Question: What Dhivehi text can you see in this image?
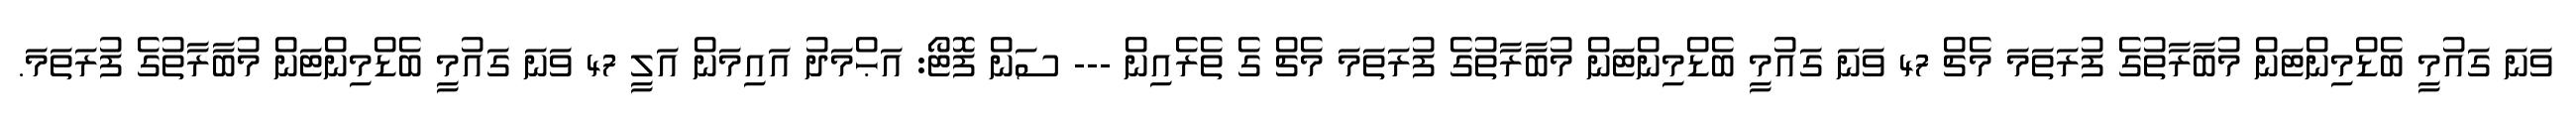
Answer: ވަނަ ގައުމީ ބެޑްމިންޓަން މުބާރާތުގެ ފުރަތަމަ މެޗް 47 ވަނަ ގައުމީ ބެޑްމިންޓަން މުބާރާތުގެ ފުރަތަމަ މެޗް ގެ ތެރެއިން --- ސަން ފޮޓޯ: އަޙްމަދު އައިމަން އަލީ 47 ވަނަ ގައުމީ ބެޑްމިންޓަން މުބާރާތުގެ ފުރަތަމަ.